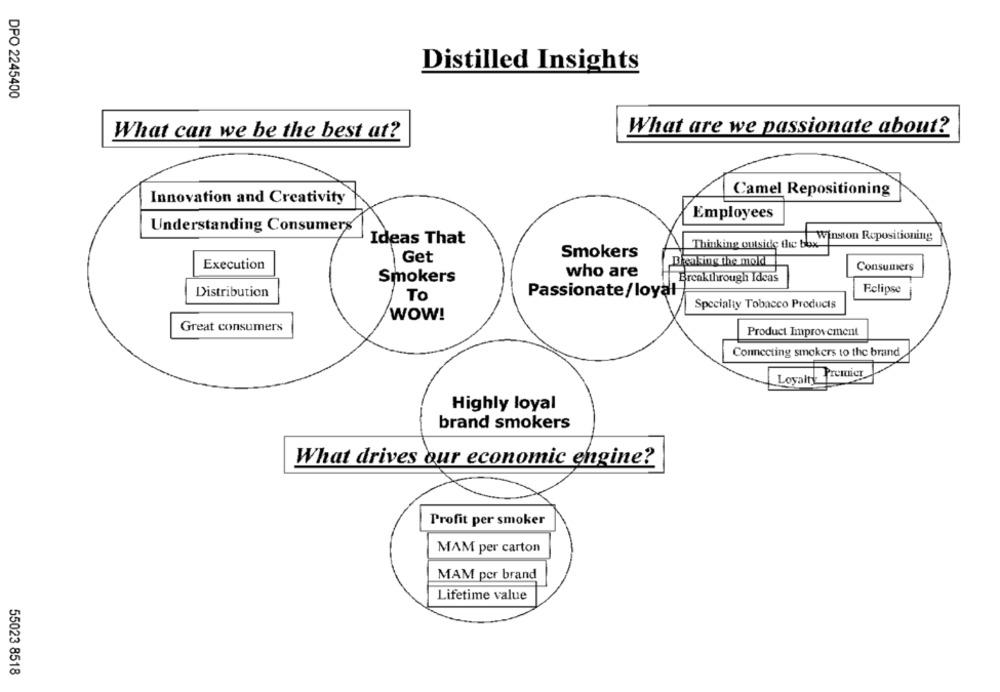
Distilled Insights
DPO 2245400
What are we passionate about?
What can we be the best at?
Camel Repositioning
Innovation and Creativity
Employees
Understanding Consumers
Ideas That
Winston Repositioning
Thinking outside the box
Smokers
Get
Bienamg the mold
Execution
Consumers
who are
Smokers
Breakthrough Ideas
Eclipse
Distribution
To
Passionate/loyal
Specialty Tobacco Products
WOW!
Great consumers
Product Improvement
Connecting smokers to the brand
Loyal Premier
Highly loyal
brand smokers
What drives our economic engine?
Profit per smoker
MAM per carton
MAM per brand
Lifetime value
55023 8518